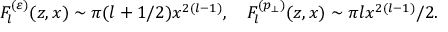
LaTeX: F _ { l } ^ { ( \varepsilon ) } ( z , x ) \sim \pi ( l + 1 / 2 ) x ^ { 2 ( l - 1 ) } , \quad F _ { l } ^ { ( p _ { \perp } ) } ( z , x ) \sim \pi l x ^ { 2 ( l - 1 ) } / 2 .